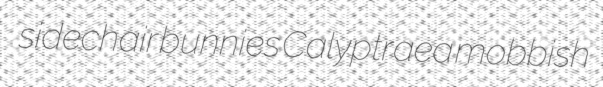
sidechair bunnies Calyptraea mobbish